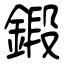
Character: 鍛